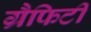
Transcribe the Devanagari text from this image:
ग्रैफिटी